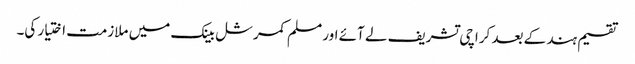
تقسیم ہند کے بعد کراچی تشریف لے آئے اور مسلم کمرشل بینک میں ملازمت اختیار کی۔